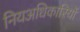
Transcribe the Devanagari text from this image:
नियअधिकारियों